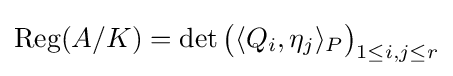
\operatorname {Reg} (A/K)=\det {\bigl (}\langle Q_{i},\eta _{j}\rangle _{P}{\bigr )}_{1\leq i,j\leq r}